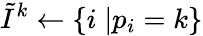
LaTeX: \tilde{I}^{k}\gets\{ i\; |p_{i}=k\}